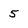
Character: 5